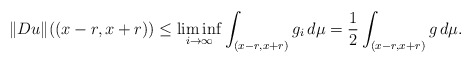
\begin{align*}\Vert Du\Vert((x-r,x+r)) \le \liminf_{i\to\infty}\int_{(x-r,x+r)} g_i \,d\mu = \frac{1}{2} \int_{(x-r,x+r)} g \,d\mu.\end{align*}